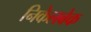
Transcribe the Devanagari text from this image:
निकेलबेक